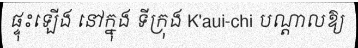
ផ្ទុះឡើង នៅក្នុង ទីក្រុង K'aui-chi បណ្តាលឱ្យ